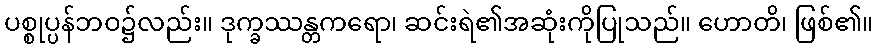
ပစ္စုပ္ပန်ဘဝ၌လည်း။ ဒုက္ခဿန္တကရော၊ ဆင်းရဲ၏အဆုံးကိုပြုသည်။ ဟောတိ၊ ဖြစ်၏။